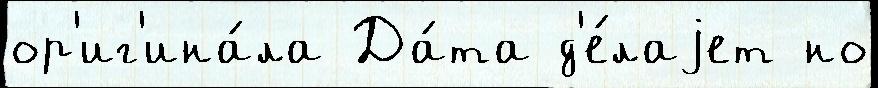
ор'иг'ина́ла Да́та д'е́лаjет но